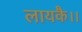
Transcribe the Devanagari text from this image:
लायकै।।